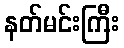
နတ်မင်းကြီး